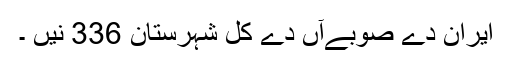
ایران دے صوبےآں دے کل شہرستان 336 نیں ۔